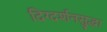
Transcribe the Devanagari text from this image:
दिग्दर्शनसुद्धा